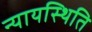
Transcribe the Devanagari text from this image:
न्यायस्थिति